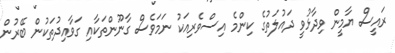
ރައީސް ޔާމީން ވިދާޅުވީ ދައުލަތުގެ ކިންމެ އިސްވެރިއަކު ނަމަވެސް ގާނޫންތަކާއި ގަވާއިދުތަކުން ބޭރުން